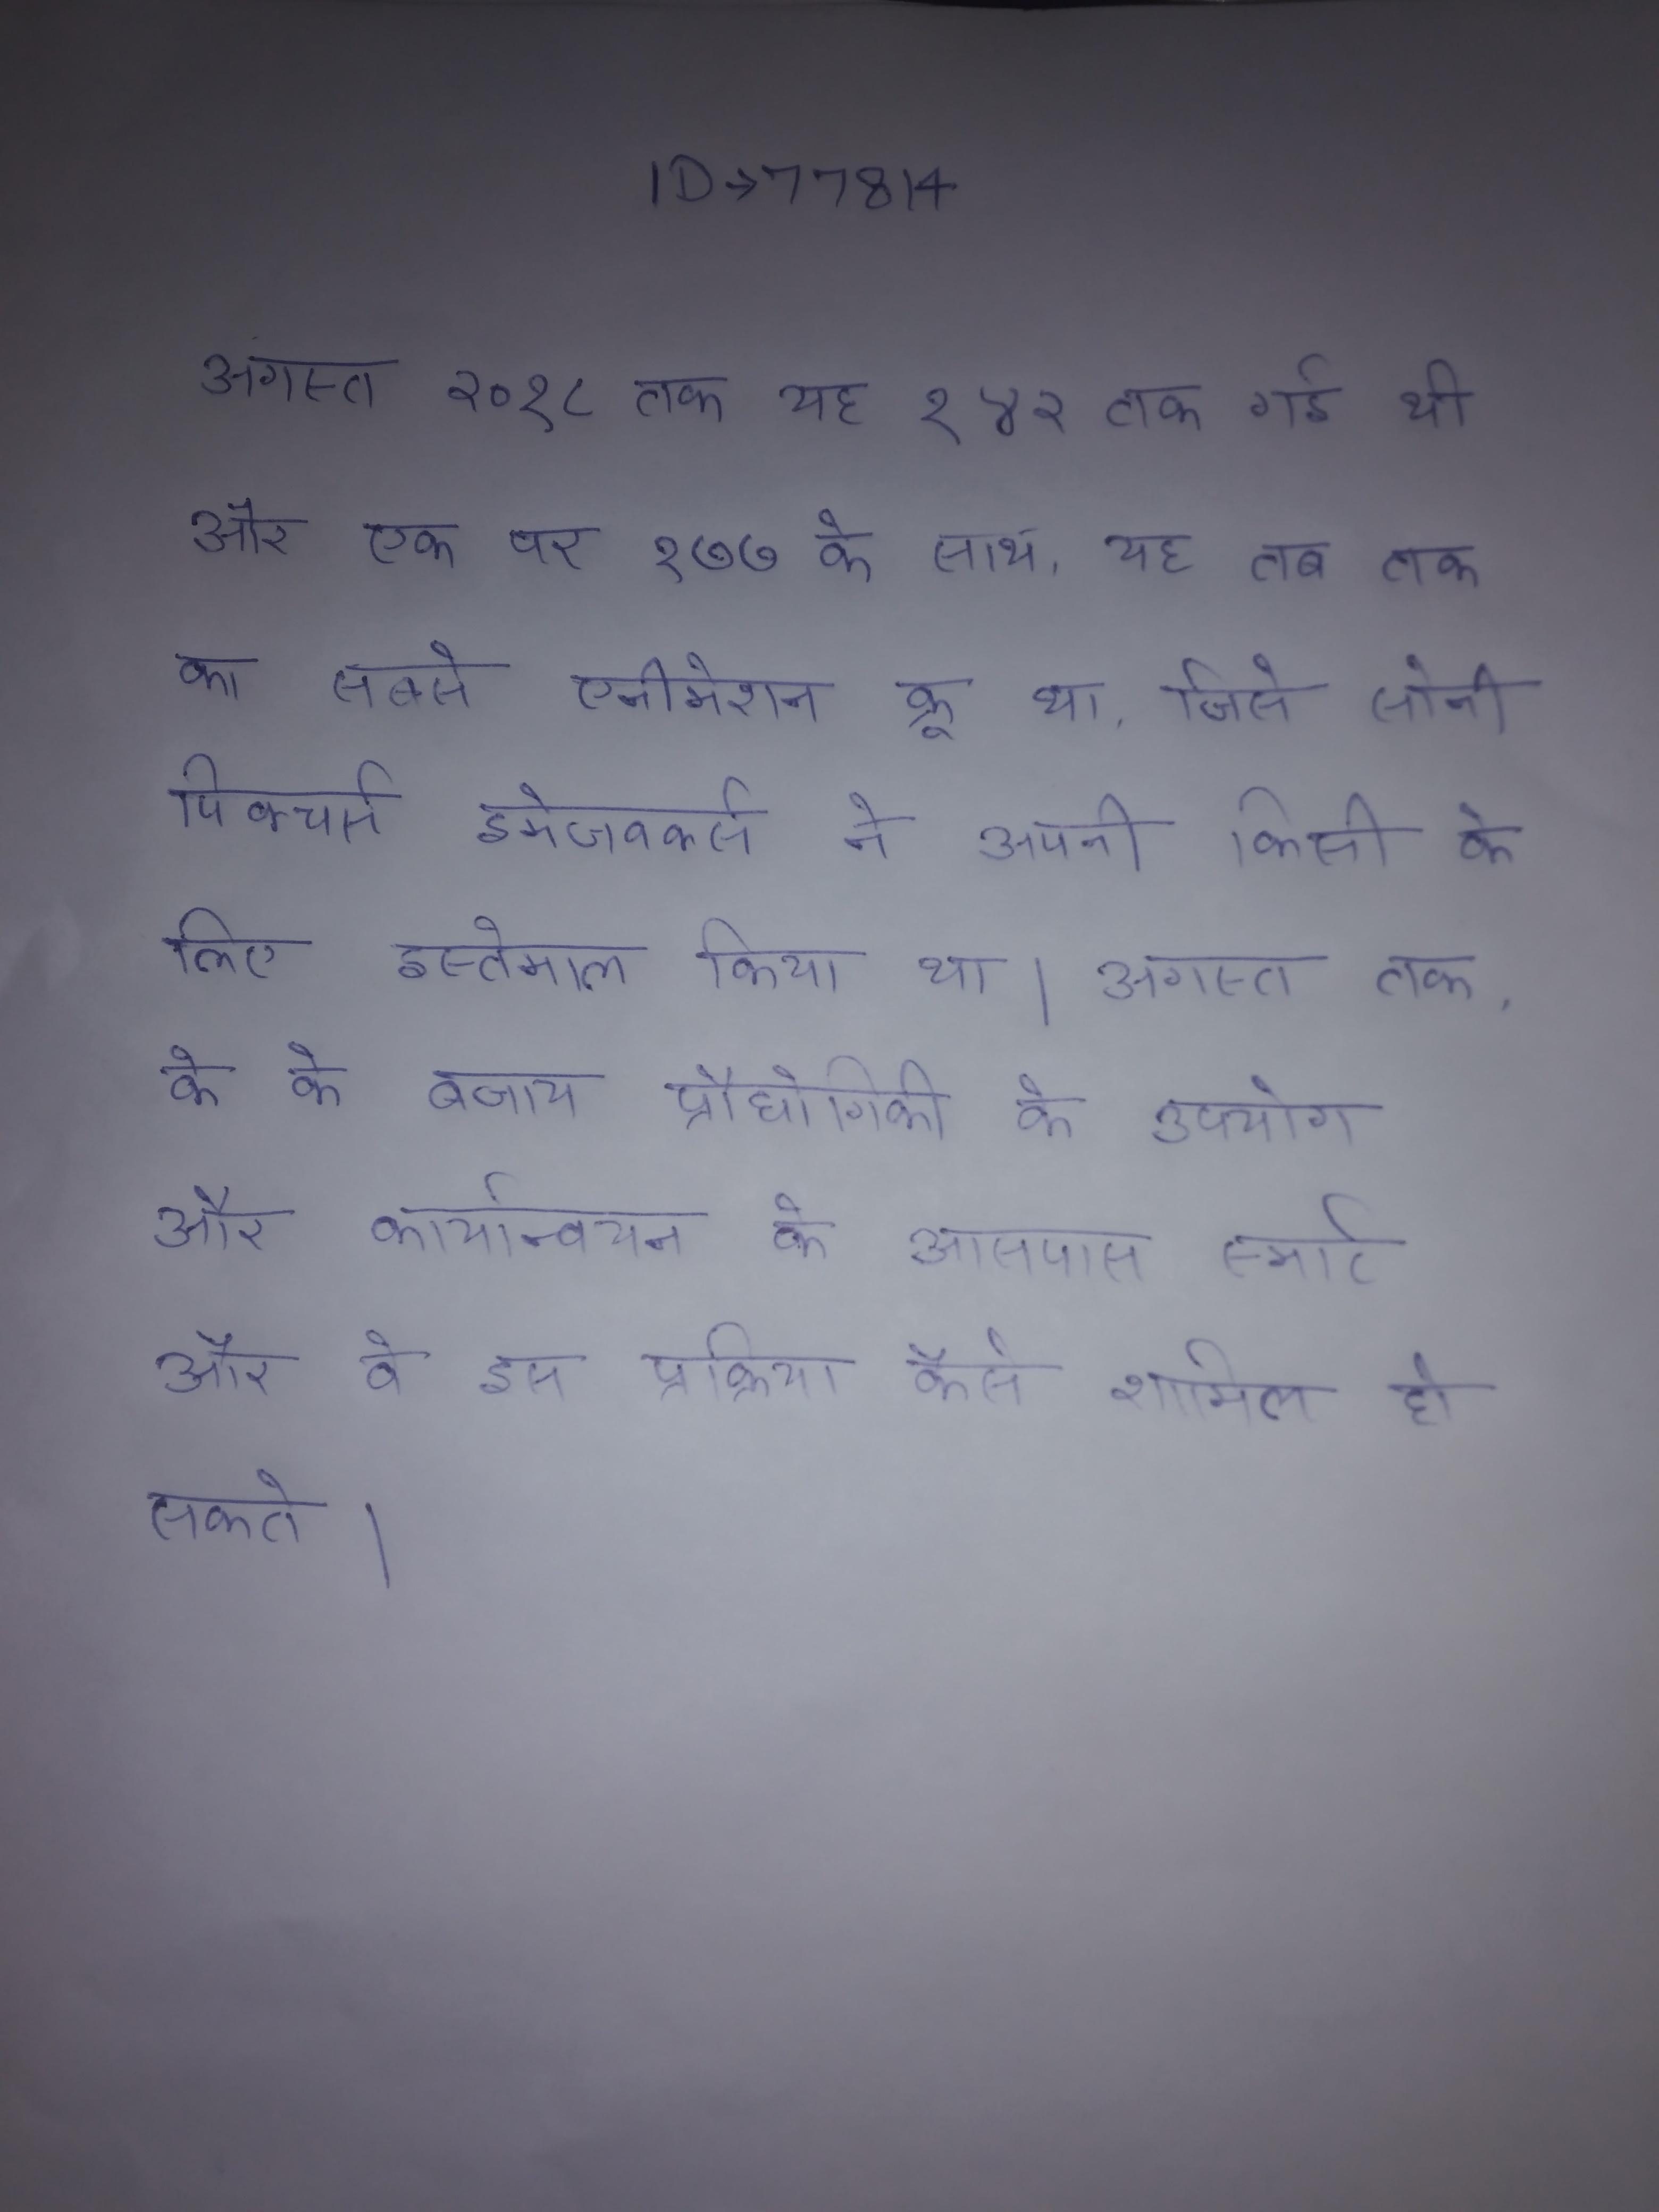
अगस्त २०१८ तक यह १४२ तक गई थी और एक पर १७७ के साथ, यह तब तक का सबसे एनीमेशन क्रू था, जिसे सोनी पिक्चर्स इमेजवर्क्स ने अपनी किसी के लिए इस्तेमाल किया था । अगस्त तक, के के बजाय प्रौद्योगिकी के उपयोग और कार्यान्वयन के आसपास स्मार्ट के पर चर्चा और वे इस प्रक्रिया कैसे शामिल हो सकते ।